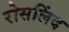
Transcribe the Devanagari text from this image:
रोसलिंद